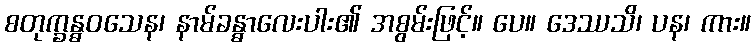
စတုက္ခန္ဓဝသေန၊ နာမ်ခန္ဓာလေးပါး၏ အစွမ်းဖြင့်။ ပေ။ ဒေဿသိ၊ ပန၊ ကား။